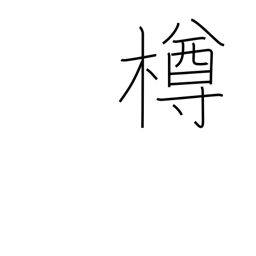
Meaning: keg